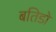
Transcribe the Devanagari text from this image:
बतिडो